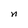
Character: n